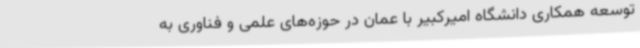
توسعه همکاری دانشگاه امیرکبیر با عمان در حوزه‌های علمی و فناوری به